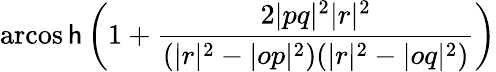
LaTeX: \operatorname{arcos\mathsf{h}}\left(1+{\frac{{2|pq|^{2}|r|^{2}}}{{(|r|^{2}-|op|^{2})(|r|^{2}-|oq|^{2})}}}\right)